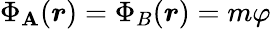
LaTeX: \Phi_{\mathbf{A}}(\boldsymbol{r})=\Phi_{B}(\boldsymbol{r})=m\varphi